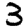
Digit: 3